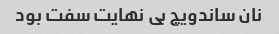
نان ساندویچ بی نهایت سفت بود